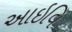
આઇવિ